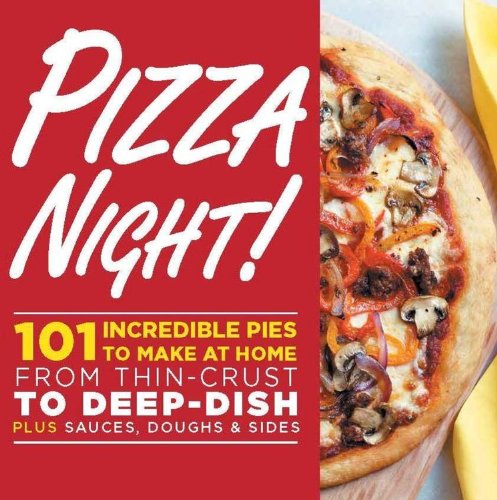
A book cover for Pizza Night!: 101 Incredible Pies to Make at Home--From Thin-Crust to Deep-Dish Plus Sauces, Doughs, and Sides; Oxmoor House; Cookbooks, Food & Wine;